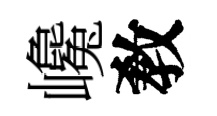
巉敎